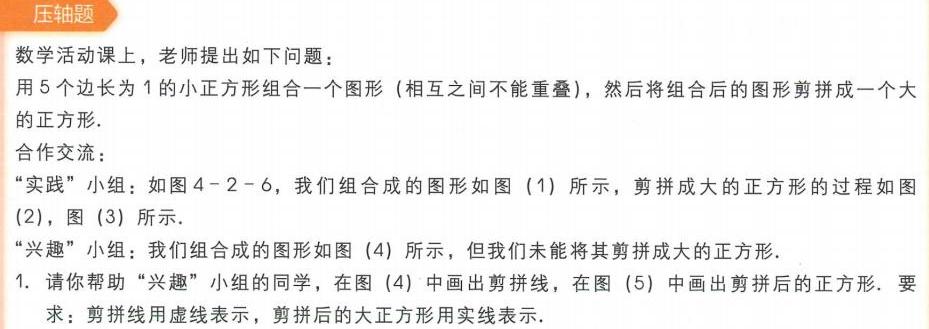
### 压轴题
数学活动课上，老师提出如下问题：
用\(5\)个边长为\(1\)的小正方形组合一个图形（相互之间不能重叠），然后将组合后的图形剪拼成一个大的正方形.
#### 合作交流：
“实践”小组：如图\(4 - 2 - 6\)，我们组合成的图形如图（1）所示，剪拼成大的正方形的过程如图（2），图（3）所示.
“兴趣”小组：我们组合成的图形如图（4）所示，但我们未能将其剪拼成大的正方形.
1. 请你帮助“兴趣”小组的同学，在图（4）中画出剪拼线，在图（5）中画出剪拼后的正方形. 要求：剪拼线用虚线表示，剪拼后的大正方形用实线表示.